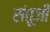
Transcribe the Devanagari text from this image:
संतूजी